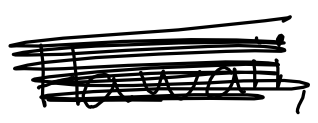
Text: Hawaii,
Cross-out: scratch
Writing tool: digital_black